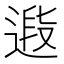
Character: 𨕉